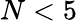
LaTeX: N<5